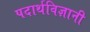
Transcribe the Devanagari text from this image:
पदार्थविज्ञानी